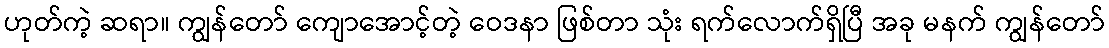
ဟုတ်ကဲ့ ဆရာ။ ကျွန်တော် ကျောအောင့်တဲ့ ဝေဒနာ ဖြစ်တာ သုံး ရက်လောက်ရှိပြီ အခု မနက် ကျွန်တော်